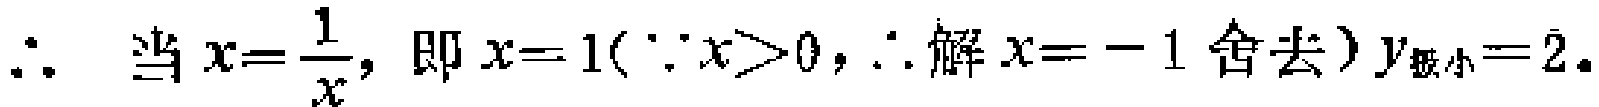
\(\therefore\) 当 \(x = \frac{1}{x}\)，即 \(x = 1(\because x>0,\therefore\)解 \(x = - 1\) 舍去\()\) \(y_{极小}=2\).